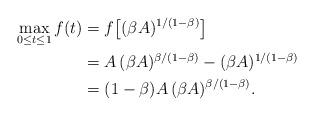
LaTeX: \begin{align*}\max_{0\leq t\leq 1}f(t) &=f\big[(\beta A)^{1/(1-\beta)}\big]\\&=A\,(\beta A)^{\beta/(1-\beta)}-(\beta A)^{1/(1-\beta)}\\&=(1-\beta)A\,(\beta A)^{\beta/(1-\beta)}.\end{align*}